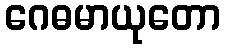
ဂေဓမာယုတော